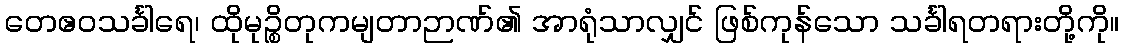
တေဧဝသင်္ခါရေ၊ ထိုမုဉ္စိတုကမျတာဉာဏ်၏ အာရုံသာလျှင် ဖြစ်ကုန်သော သင်္ခါရတရားတို့ကို။